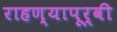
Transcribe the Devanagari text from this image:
राहण्यापूर्वी